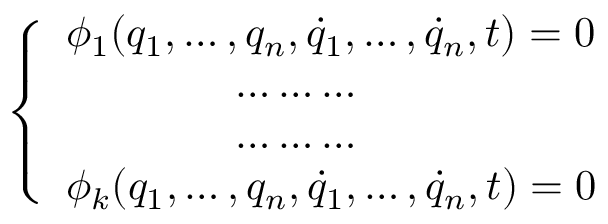
\left\{ \begin{array} { l l } { \phi _ { 1 } ( q _ { 1 } , \dots , q _ { n } , { \dot { q } } _ { 1 } , \dots , { \dot { q } } _ { n } , t ) = 0 } \\ { \qquad \qquad \dots \dots \dots } \\ { \qquad \qquad \dots \dots \dots } \\ { \phi _ { k } ( q _ { 1 } , \dots , q _ { n } , { \dot { q } } _ { 1 } , \dots , { \dot { q } } _ { n } , t ) = 0 } \end{array} \right.